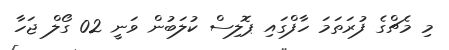
މި މެޗްގެ ފުރަތަމަ ހާފްގައި ޕޮލިސް ކުލަބުން ވަނީ 02 ގޯލް ޖަހާ